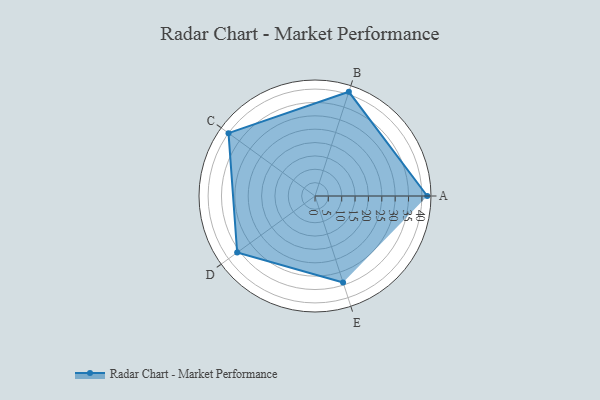
{"axis": {"x": "Skill", "y": "Score"}, "legend": ["Profile"], "data": [{"x": "A", "y": 42.0, "type": "Profile"}, {"x": "B", "y": 41.0, "type": "Profile"}, {"x": "C", "y": 40.0, "type": "Profile"}, {"x": "D", "y": 36.0, "type": "Profile"}, {"x": "E", "y": 34.0, "type": "Profile"}]}